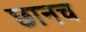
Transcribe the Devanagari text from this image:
छानच